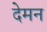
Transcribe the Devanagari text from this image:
देमन